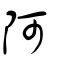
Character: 阿